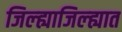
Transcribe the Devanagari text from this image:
जिल्ह्याजिल्ह्यात